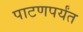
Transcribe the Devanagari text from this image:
पाटणपर्यंत